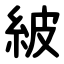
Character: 紴